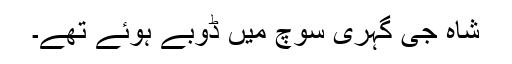
شاہ جی گہری سوچ میں ڈوبے ہوئے تھے۔